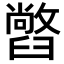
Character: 𦦢